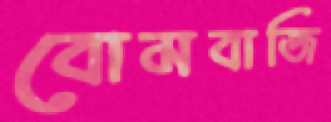
বোমবাজি